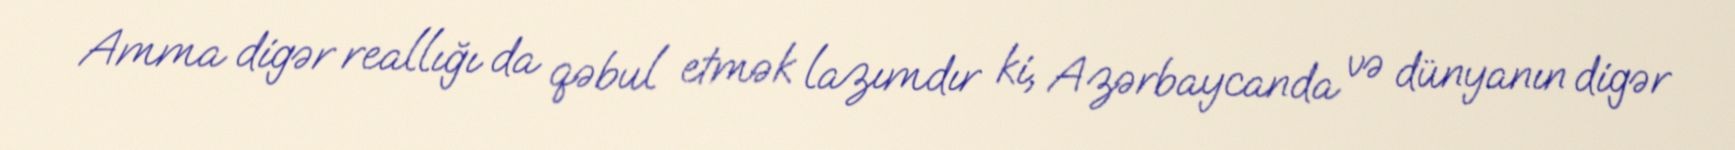
Amma digər reallığı da qəbul etmək lazımdır ki, Azərbaycanda və dünyanın digər